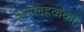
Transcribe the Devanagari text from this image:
अनलहकका